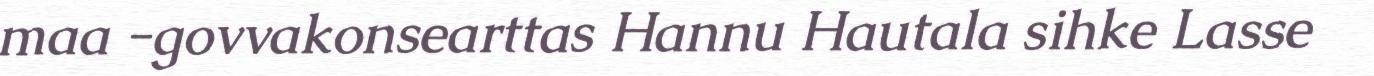
maa -govvakonsearttas Hannu Hautala sihke Lasse